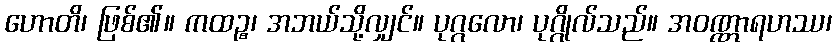
ဟောတိ၊ ဖြစ်၏။ ကထဉ္စ၊ အဘယ်သို့လျှင်။ ပုဂ္ဂလော၊ ပုဂ္ဂိုလ်သည်။ အဝဏ္ဏာရဟဿ၊